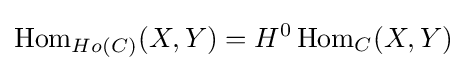
\operatorname {Hom} _{Ho(C)}(X,Y)=H^{0}\operatorname {Hom} _{C}(X,Y)